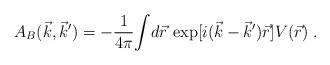
LaTeX: \begin{align*}A_B(\vec{k}, \vec{k}') = - \frac{1}{4\pi} \!\int \!d\vec{r} \,\exp[i(\vec{k} - \vec{k}')\vec{r}] V(\vec{r}) \;.\end{align*}